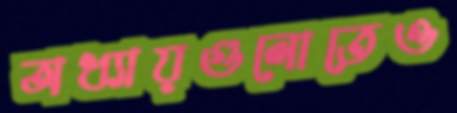
অধ্যায়গুলোতেও